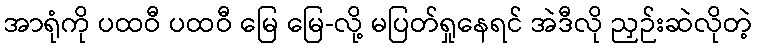
အာရုံကို ပထဝီ ပထဝီ မြေ မြေ-လို့ မပြတ်ရှုနေရင် အဲဒီလို ညှဉ်းဆဲလိုတဲ့